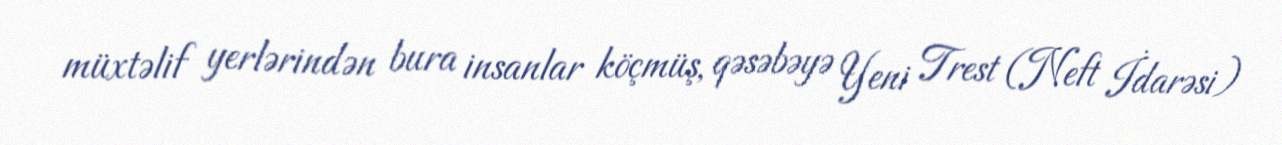
müxtəlif yerlərindən bura insanlar köçmüş, qəsəbəyə Yeni Trest (Neft İdarəsi)